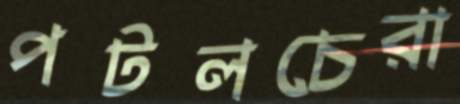
পটলচেরা